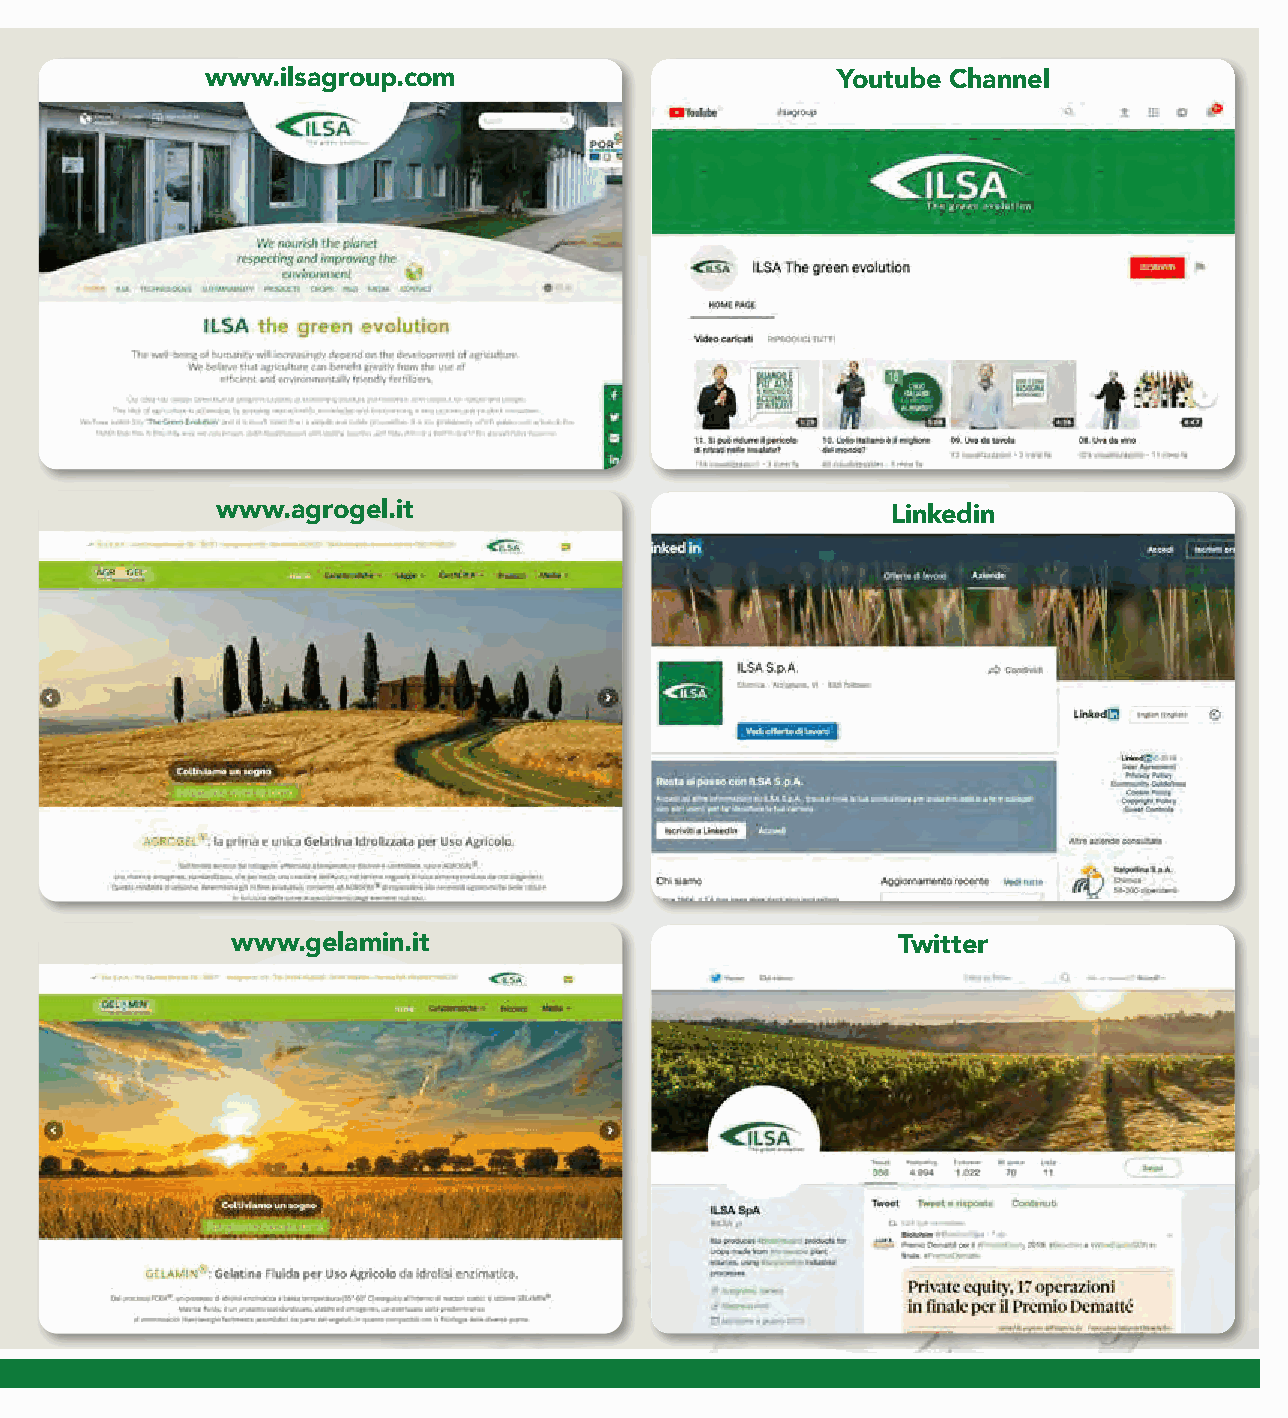
www.ilsagroup.com                        Youtube Channel
 www.agrogel.it                               Linkedin
 www.gelamin.it                              Twitter